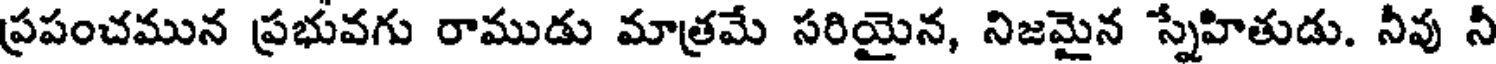
ప్రపంచమున ప్రభువగు రాముడు మాత్రమే సరియైన, నిజమైన స్నేహితుడు. నీవు నీ